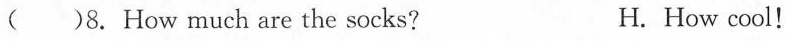
( )8. How much are the socks? H.How cool!